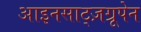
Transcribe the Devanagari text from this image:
आइनसाट्ज़ग्रूपेन